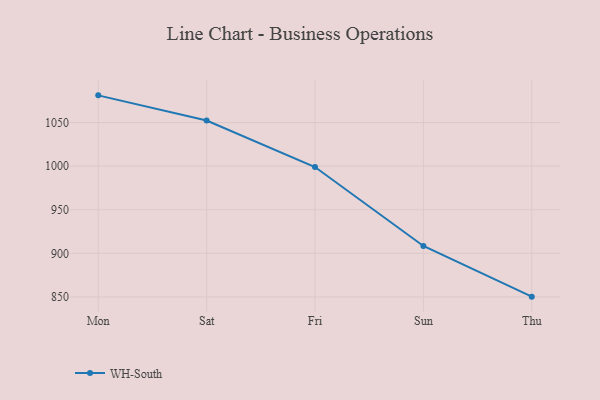
{"axis": {"x": "Day", "y": "Energy Usage (MWh)"}, "legend": ["WH-South"], "data": [{"x": "Mon", "y": 1081.2, "type": "WH-South"}, {"x": "Sat", "y": 1052.3, "type": "WH-South"}, {"x": "Fri", "y": 999.0, "type": "WH-South"}, {"x": "Sun", "y": 908.4, "type": "WH-South"}, {"x": "Thu", "y": 850.3, "type": "WH-South"}]}